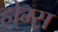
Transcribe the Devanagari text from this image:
हो्म्स